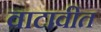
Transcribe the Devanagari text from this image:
वाटावीत